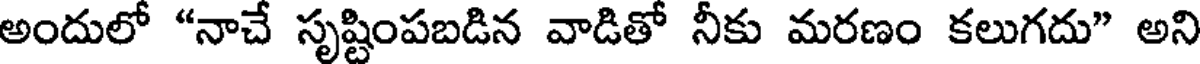
అందులో "నాచే సృష్టింపబడిన వాడితో నీకు మరణం కలుగదు" అని